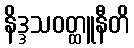
နိဒ္ဒသဝတ္ထူနီတိ